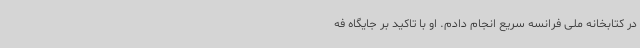
در کتابخانه ملی فرانسه سریع انجام ‌دادم. او با تاکید بر جایگاه فه